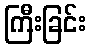
ကြီးခြင်း